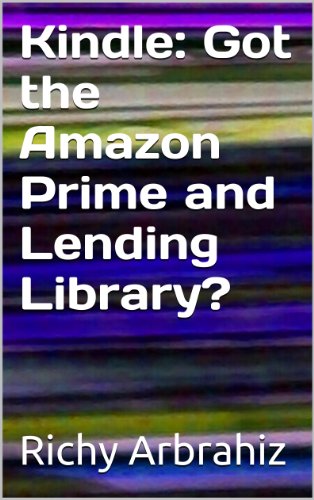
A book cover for Kindle:  Got the Amazon Prime and Lending Library?; Richy Arbrahiz; Computers & Technology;